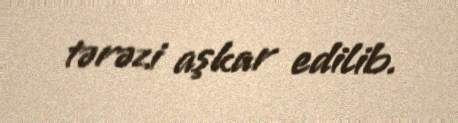
tərəzi aşkar edilib.